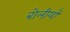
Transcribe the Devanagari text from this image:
बोलीयाँ